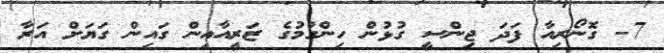
7- ގޮނޯރިއާ ފަދަ ޖިންސީ ގުޅުން ހިންގުމުގެ ޒަރީއާއިން ގައިން ގަޔަށް އަރާ